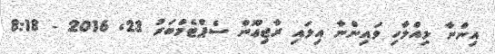
އިންނާ ލިއްލާހި ވައިންނާ އިލައި ރާޖިޢޫން ސެޕްޓެމްބަރު 23